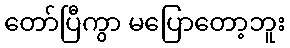
တော်ပြီကွာ မပြောတော့ဘူး